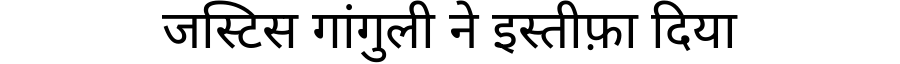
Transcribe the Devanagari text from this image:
जस्टिस गांगुली ने इस्तीफ़ा दिया